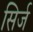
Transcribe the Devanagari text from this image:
सिर्ज